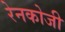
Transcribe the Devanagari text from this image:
रेनकोजी